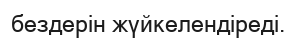
бездерін жүйкелендіреді.